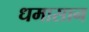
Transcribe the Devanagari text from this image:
धमासान